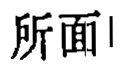
所面